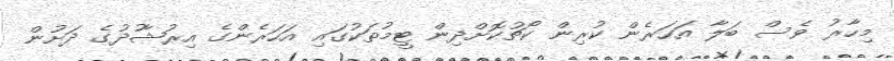
މިހާރު ވެސް ބަލާ އަހަރެން ކުރިން ކޯޗުކޮށްދިން ޓީމުތަކުގައި އަހަރެންގެ އިރުޝާުދުގެ ދަށުން